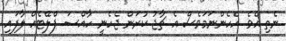
ނެތި އެވެ. އެހެންނަމަވެސް އެ ޗާޖު ކުރަން ޖެހެނީ ހާއްސަ ޕްލޭޓެއް ލާފައި